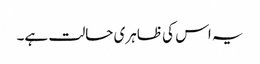
یہ اس کی ظاہری حالت ہے۔